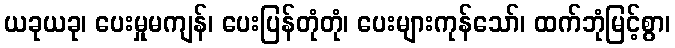
ယခုယခု၊ ပေးမှုမကျန်၊ ပေးပြန်တုံတုံ၊ ပေးများကုန်သော်၊ ထက်ဘုံမြင့်စွာ၊